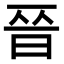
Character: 𫞄